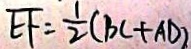
E F = \frac { 1 } { 2 } ( B C + A D )